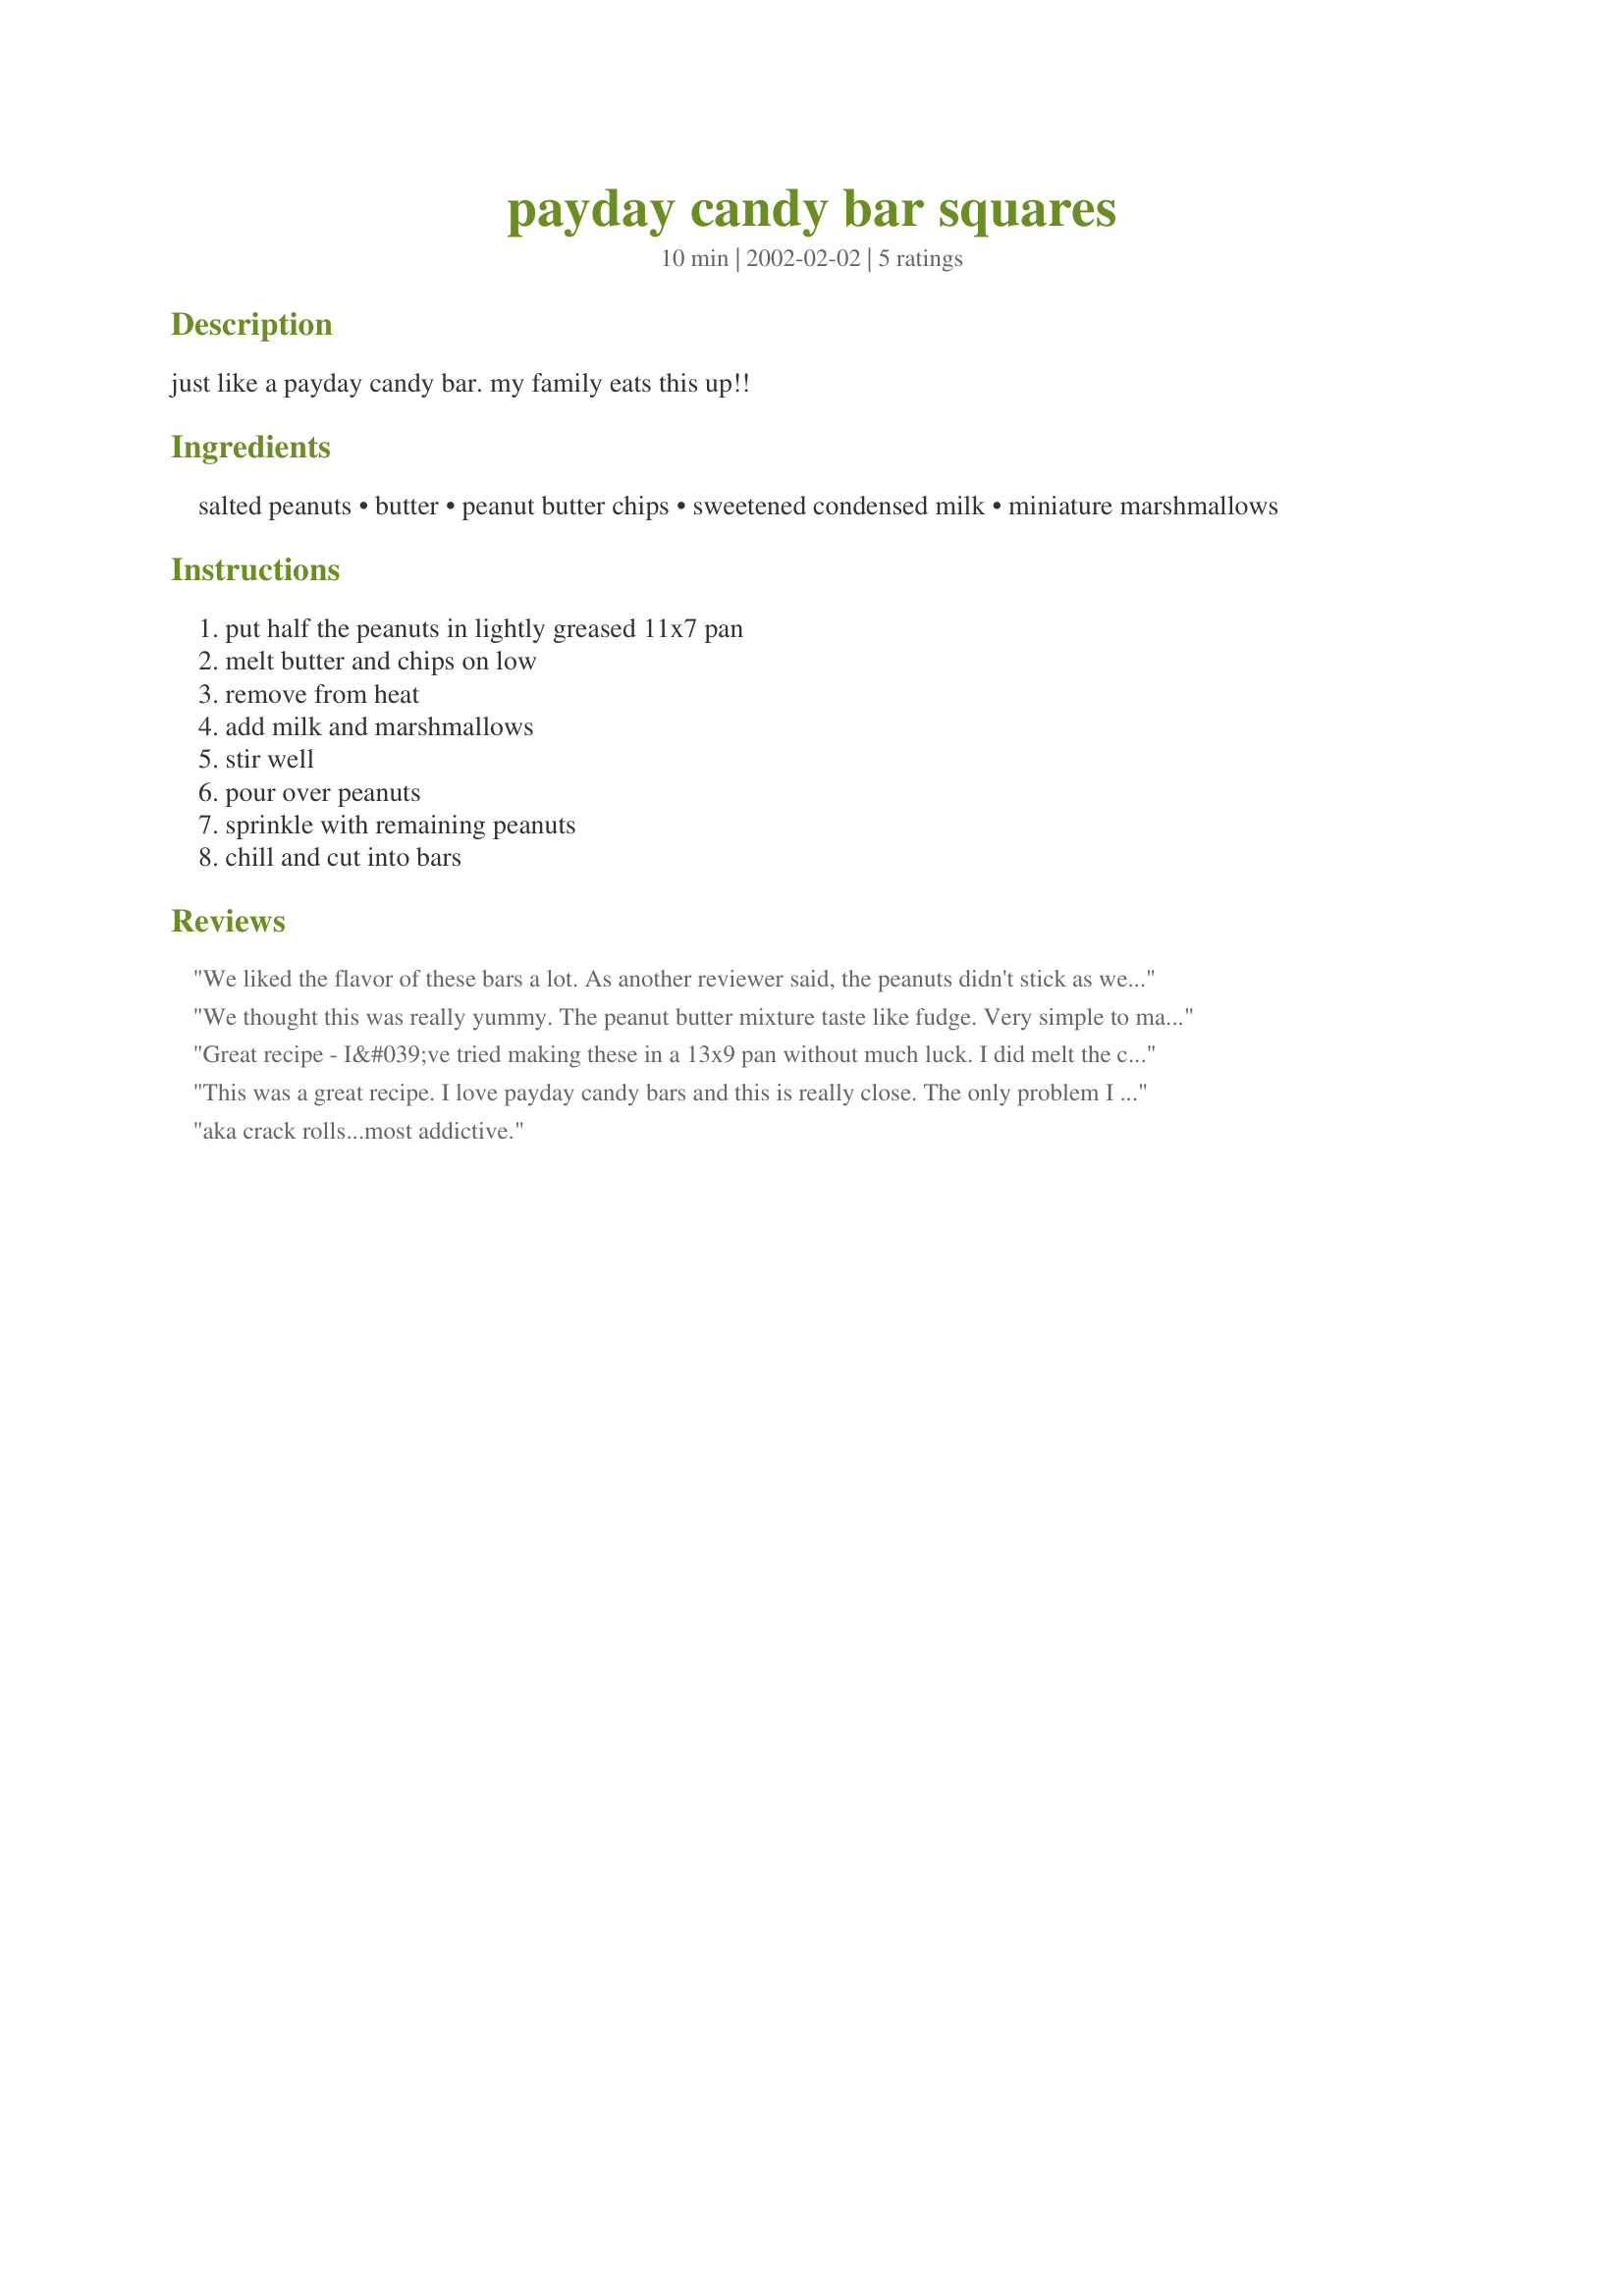
payday candy bar squares
Preparation time: 10 minutes

just like a payday candy bar. my family eats this up!!

Ingredients:
salted peanuts, butter, peanut butter chips, sweetened condensed milk, miniature marshmallows

Steps:
put half the peanuts in lightly greased 11x7 pan, melt butter and chips on low, remove from heat, add milk and marshmallows, stir well, pour over peanuts, sprinkle with remaining peanuts, chill and cut into bars

Reviews:
We liked the flavor of these bars a lot. As another reviewer said, the peanuts didn't stick as well as they should. The next time I make this, I plan to heat the milk, chips, and butter together until the chips melt. I found that adding the the milk to the already melted chips cooled the mixture down too much and made it difficult to spread over the peanuts because it was so stiff.
We thought this was really yummy. The peanut butter mixture taste like fudge. Very simple to make. Thanks for posting.
Great recipe - I&#039;ve tried making these in a 13x9 pan without much luck. I did melt the chips, butter and sweetened condensed milk all together, no problems doing it that way. As another reviewer noted, I did push down a bit on the peanuts on top and haven&#039;t had any issues with them falling off. I keep them in the freezer and then take out a few minutes before serving - yum.
This was a great recipe. I love payday candy bars and this is really close. The only problem I had was keeping the peanuts from falling off. I'm going to try and press them down more next time. Thanks for this recipe.
aka crack rolls...most addictive.
